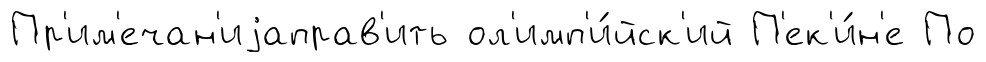
Пр'им'ечан'иjаправ'ить ол'имп'и́йск'ий П'ек'и́н'е По